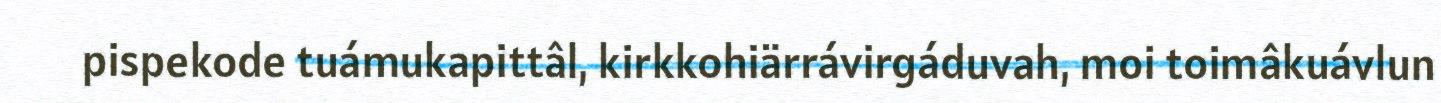
pispekode tuámukapittâl, kirkkohiärrávirgáduvah, moi toimâkuávlun